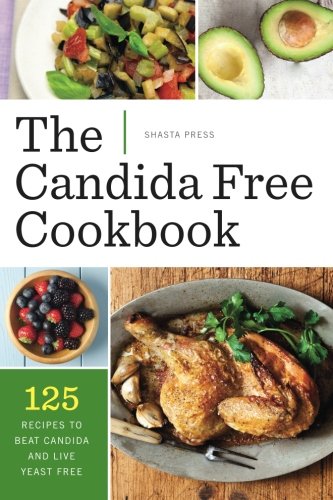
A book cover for Candida Free Cookbook: 125 Recipes to Beat Candida and Live Yeast Free; Shasta Press; Health, Fitness & Dieting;